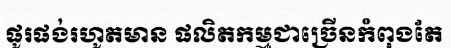
ផូរផង់រហូតមាន ផលិតកម្មជាច្រើនកំពុងតែ